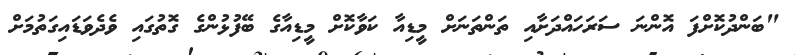
"ބަންދުކޮށްފަ އޮންނަ ސަރަހައްދަށާއި ތަންތަނަށް މީޑިއާ ކަވާކޮށް މީޑިއާގެ ބޭފުޅުންގެ ގޮތުގައި ވެދެވަޑައިގަތުމަށް